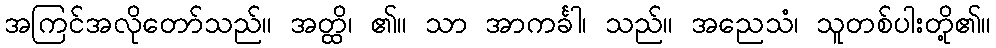
အကြင်အလိုတော်သည်။ အတ္ထိ၊ ၏။ သာ အာကင်္ခါ၊ သည်။ အညေသံ၊ သူတစ်ပါးတို့၏။